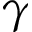
\gamma